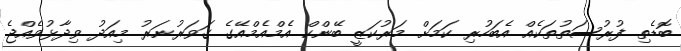
ބޮޑެތި ފުރުސަތުތަކެއް އެބަހުރި ކަމަށް މަރުކަޒީ ބޭންކް އެމްއެމްއޭގެ ގަވަރުނަރު މިއަދު ވިދާޅުވެއްޖެ